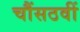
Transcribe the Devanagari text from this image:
चौंसठवीं